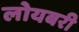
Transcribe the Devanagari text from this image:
लोयबरी